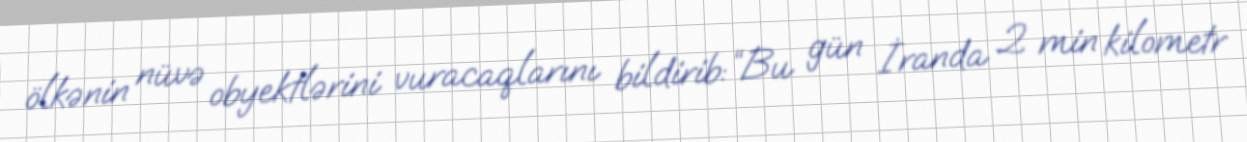
ölkənin nüvə obyektlərini vuracaqlarını bildirib: “Bu gün İranda 2 min kilometr